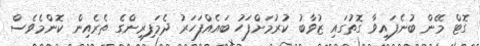
ގޮޓް މޭން ބުނެފައިވާ ގޮތުގައި ޒުވާބު ކުރުމަށްފަހު ބައެއްފަހަރު ދެމަފިރިންގެ ތެރެއިން ކޮންމެވެސް